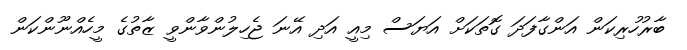
ބާރުހުރިކަން އަންގާފަދަ ގޮތަކަށް އަޔަސް މިއީ އަދި އޭނަ ޖެހިލުންވާންވީ ޒާތުގެ މީހެއްނޫންކަން